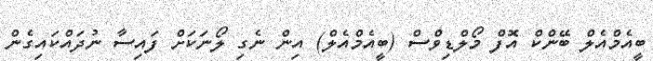
ބީއެމްއެލް ބޭންކް އޮފް މޯލްޑިވްސް (ބީއެމްއެލް) އިން ނެގި ލޯނަކަށް ފައިސާ ނުދައްކައިގެން